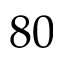
8 0